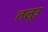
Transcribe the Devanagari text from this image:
तलूउ